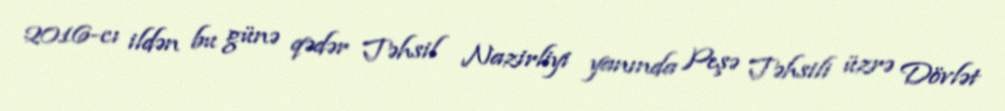
2016-cı ildən bu günə qədər Təhsil Nazirliyi yanında Peşə Təhsili üzrə Dövlət